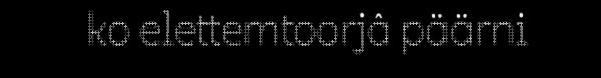
ko elettemtoorjâ päärni